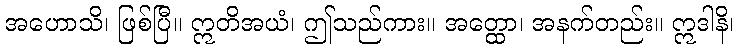
အဟောသိ၊ ဖြစ်ပြီ။ ဣတိအယံ၊ ဤသည်ကား။ အတ္ထော၊ အနက်တည်း။ ဣဒါနိ၊